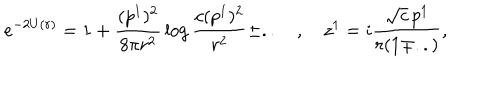
e ^ { - 2 U ( r ) } = 1 + { \frac { ( p ^ { 1 } ) ^ { 2 } } { 8 \pi r ^ { 2 } } } \log { \frac { c ( p ^ { 1 } ) ^ { 2 } } { r ^ { 2 } } } \pm . . \quad , \quad z ^ { 1 } = i { \frac { \sqrt { c } \, p ^ { 1 } } { r ( 1 \mp . . ) } } ,